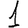
Digit: 1